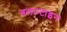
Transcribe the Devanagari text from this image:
बलान्टाइन